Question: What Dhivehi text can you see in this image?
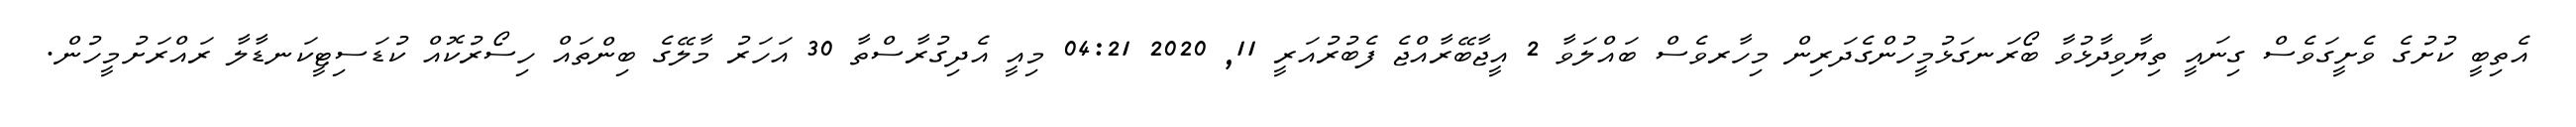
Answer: އެތިބީ ކުށުގެ ވެށީގަވެސް ގިނައީ ތިޔާވިދާޅުވާ ބޯރަނގަޅުމީހުންގެދަރިން މިހާރވެސް ބައްލަވާ 2 އީޖާބޭރާއްޖެ ފެބުރުއަރީ 11, 2020 04:21 މިއީ އެދިގުރާސްތާ 30 އަހަރު މާލޭގެ ބިންތައް ހިސޯރުކޮއް ކުޑަސިޓީކަނޑާލާ ރައްރަށުމީހުން.